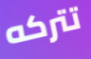
تتركه